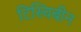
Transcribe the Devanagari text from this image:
टिस्चिबीन